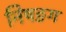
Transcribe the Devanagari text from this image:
निषङग